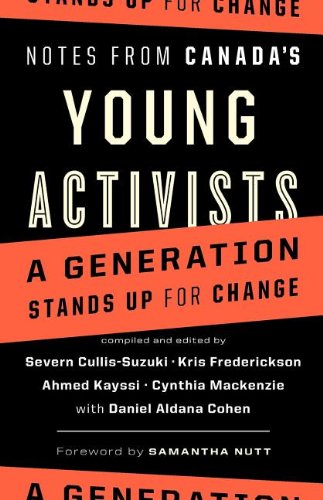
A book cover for Notes from Canada's Young Activists; Teen & Young Adult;